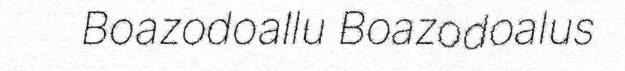
Boazodoallu Boazodoalus